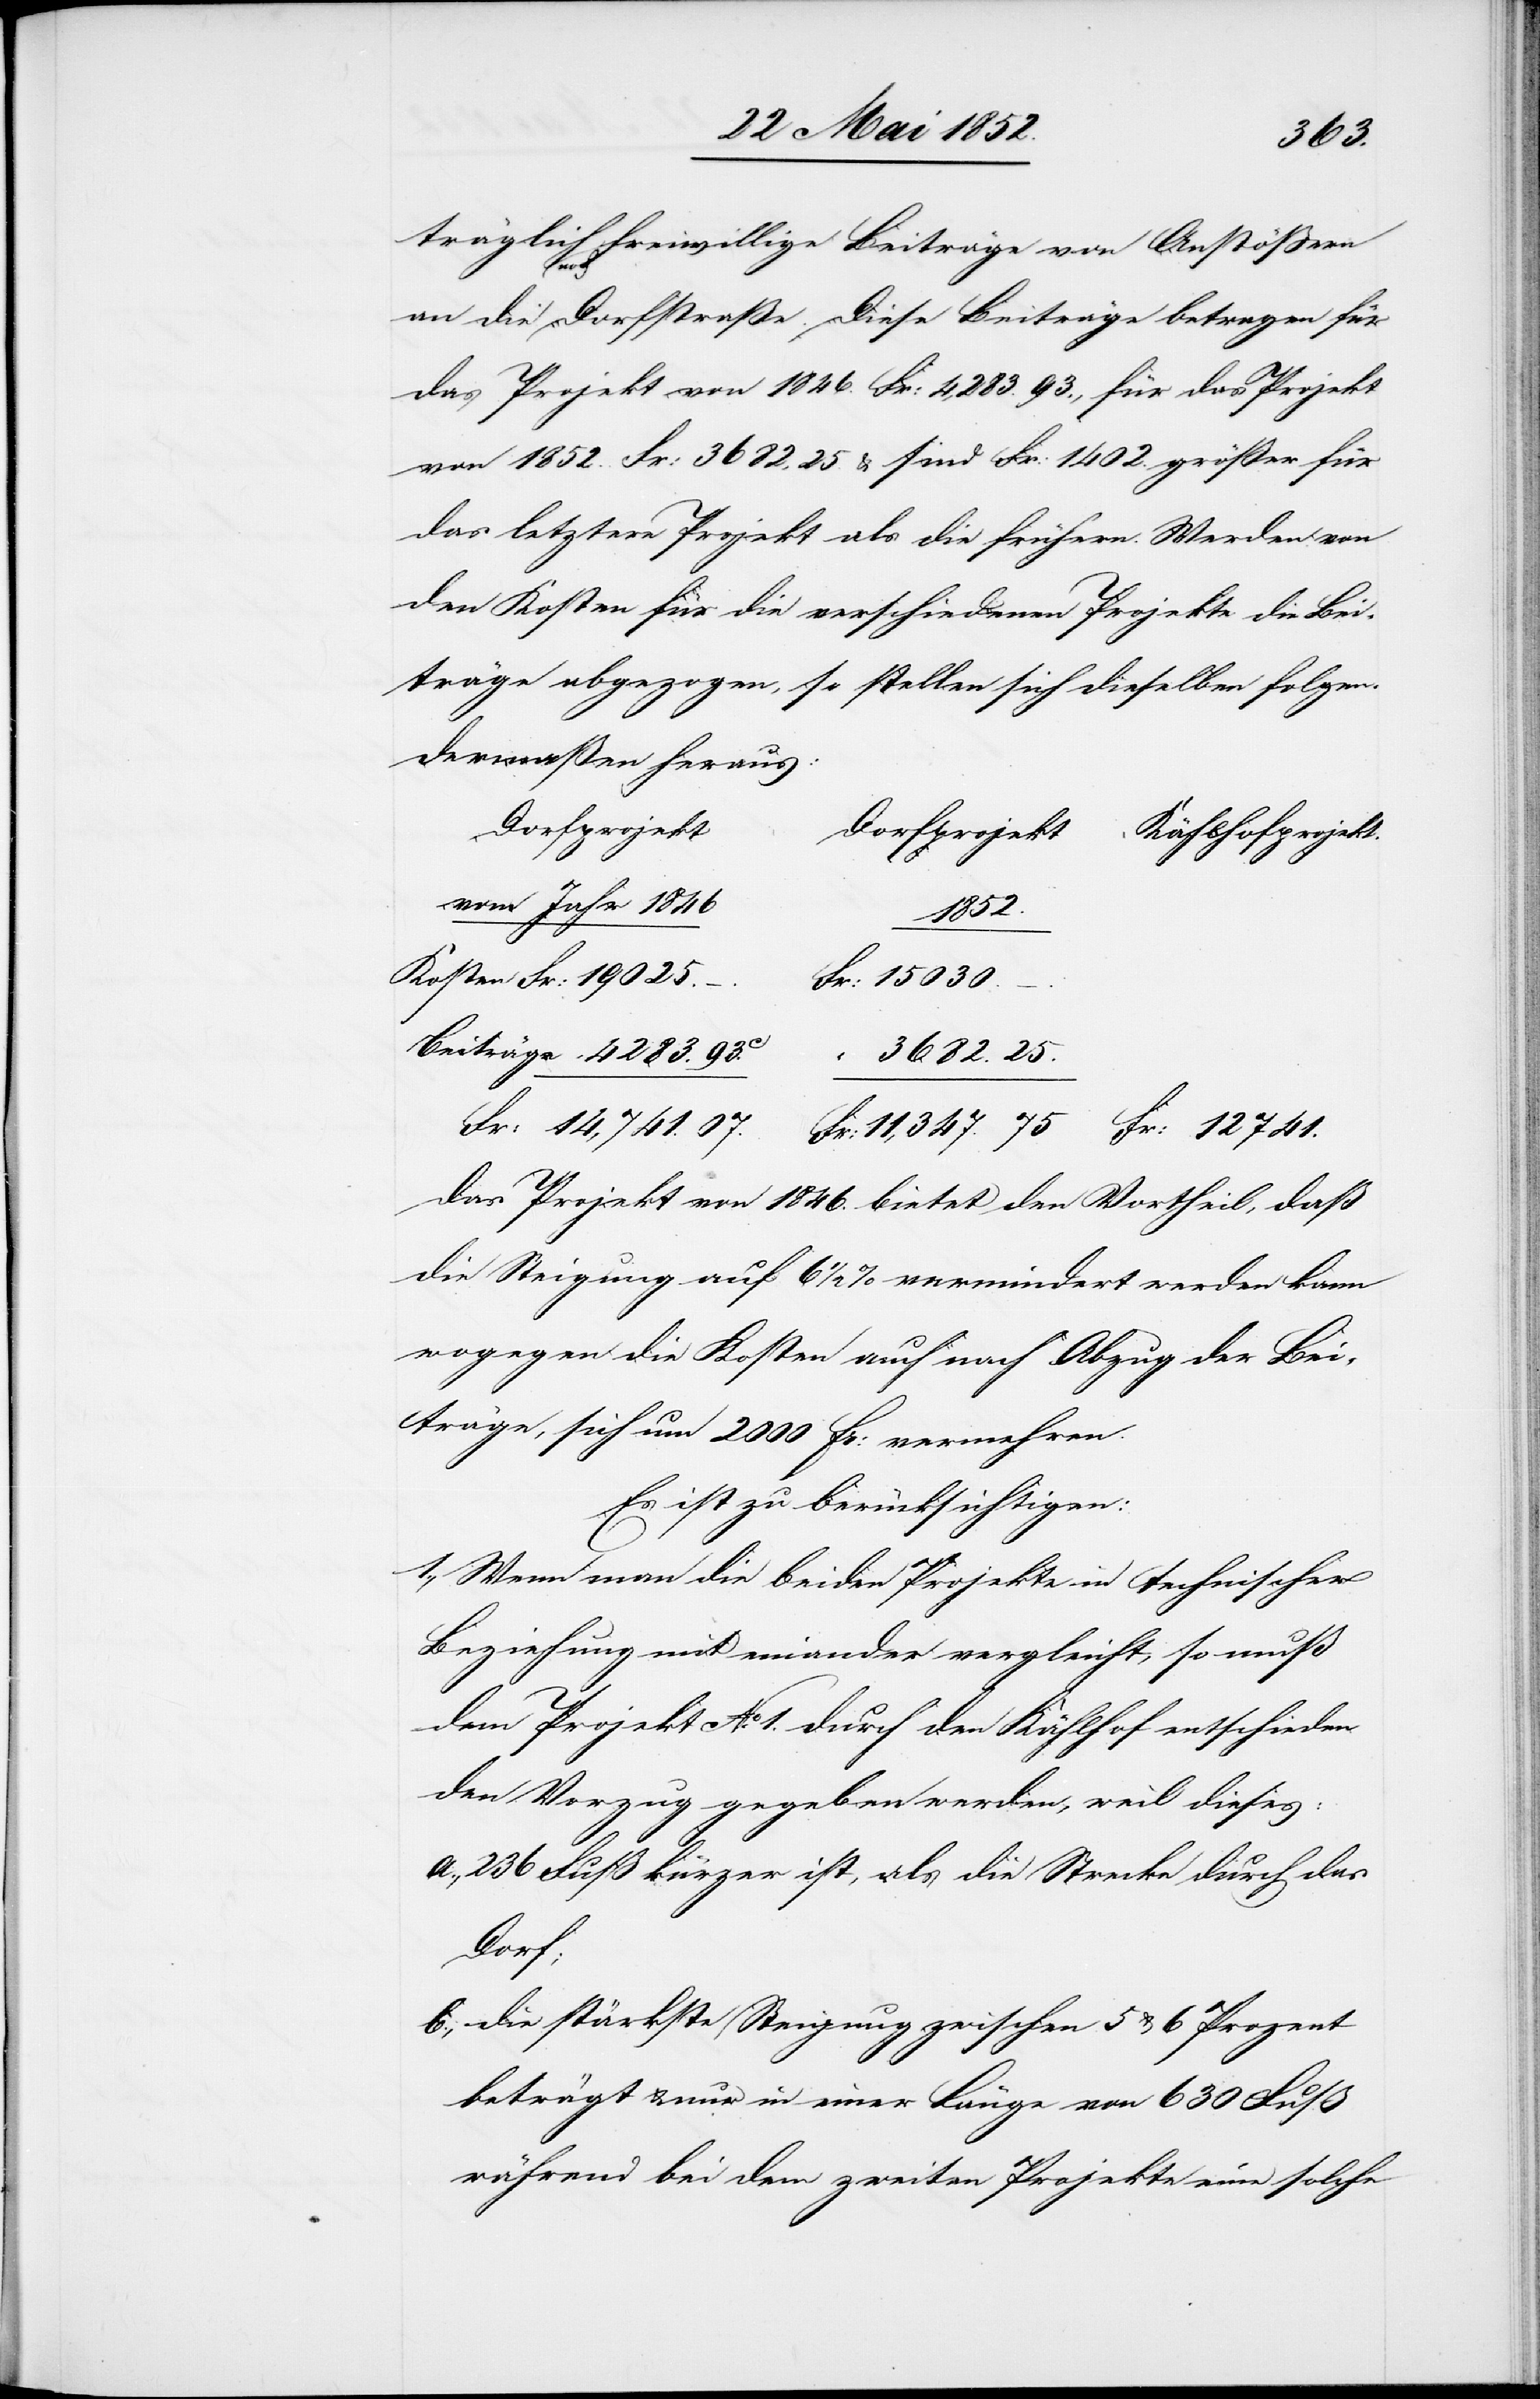
träglich noch freiwillige Beiträge von Anstössern
an die Dorfstraße. Diese Beiträge betragen für
das Projekt von 1846. Fr: 4,283. 93., für das Projekt
von 1852. Fr: 3682,25. & sind Fr: 1402. größer für
das letztere Projekt als die frühern. Werden von
den Kosten für die verschiedenen Projekte die Bei¬
träge abgezogen, so stellen sich dieselben folgen¬
Dorfprojekt
Kählhofprojekt.
vom Jahr 1846
4283.
Fr: 15030.
3682. 25.
Fr: 12 741.
das Projekt von 1846. bietet den Vortheil, daß
die Steigung auf 6 1/2 % vermindert werden kann
wogegen die Kosten auch nach Abzug der Bei¬
träge, sich um 2000 Fr: vermehren.
Es ist zu berücksichtigen:
Wenn man die beiden Projekte in technischer
Beziehung mit einander vergleicht, so muß
dem Projekt No. 1. durch den Kählhof entschieden
den Vorzug gegeben werden, weil dieses:
236 Fuß kürzer ist, als die Strecke durch das
Dorf;
die stärkste Steigung zwischen 5 & 6 Prozent
beträgt & nur in einer Länge von 630 Fuß
während bei dem zweiten Projekte eine solche